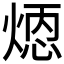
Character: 𪹄